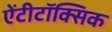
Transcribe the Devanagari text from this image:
ऐंटीटॉक्सिक